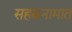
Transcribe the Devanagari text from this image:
सहस्रनामात